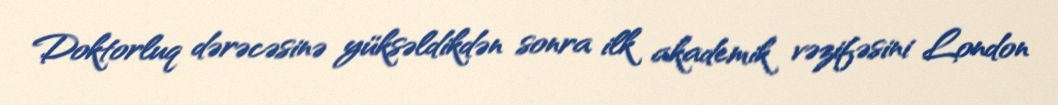
Doktorluq dərəcəsinə yüksəldikdən sonra ilk akademik vəzifəsini London